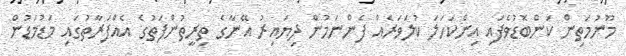
މޫނުމަތިން ކަންބޮޑުވެފައި އިންކަހަލަ ކުލަވަރެއް ފެންނަމުން ދިޔައިރު އޭނާގެ ތިރީތުންފަތުގެ އެއްފަރާތުގައި މަޑުމަޑުން